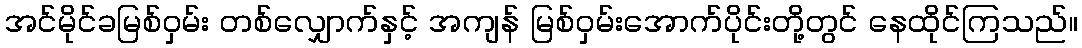
အင်မိုင်ခမြစ်ဝှမ်း တစ်လျှောက်နှင့် အကျန် မြစ်ဝှမ်းအောက်ပိုင်းတို့တွင် နေထိုင်ကြသည်။